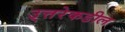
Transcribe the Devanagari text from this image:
उ्त्तरेकडील